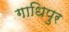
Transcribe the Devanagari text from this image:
गाधिपुर